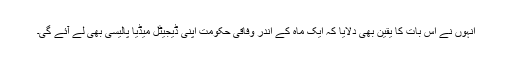
انہوں نے اس بات کا یقین بھی دلایا کہ ایک ماہ کے اندر وفاقی حکومت اپنی ڈیجیٹل میڈیا پالیسی بھی لے آئے گی۔